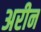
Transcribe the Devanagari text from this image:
अरीन